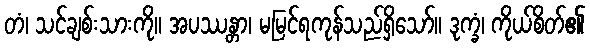
တံ၊ သင်ချစ်းသားကို။ အပဿန္တာ၊ မမြင်ရကုန်သည်ရှိသော်။ ဒုက္ခံ၊ ကိုယ်စိတ်၏